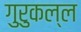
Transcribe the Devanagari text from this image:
गुरुकल्ल